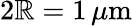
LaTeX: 2\mathbb{R}=1\, \mu\mathrm{{m}}